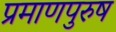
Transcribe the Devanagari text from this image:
प्रमाणपुरुष